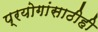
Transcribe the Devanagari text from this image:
प्रयोगांसाठीही